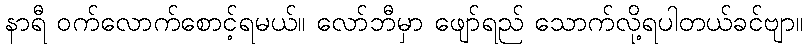
နာရီ ဝက်လောက်စောင့်ရမယ်။ လော်ဘီမှာ ဖျော်ရည် သောက်လို့ရပါတယ်ခင်ဗျာ။